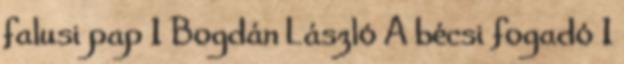
falusi pap 1 Bogdán László A bécsi fogadó 1